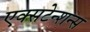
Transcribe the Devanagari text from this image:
एक्सटेन्शन्स